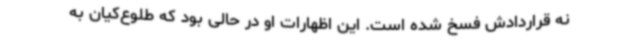
نه قراردادش فسخ شده است. این اظهارات او در حالی بود که طلوع‌کیان به